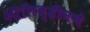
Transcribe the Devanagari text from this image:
ऑलिव्हीनचे